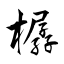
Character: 樼